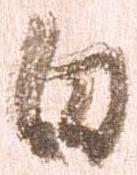
白